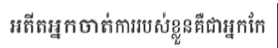
អតីតអ្នកចាត់ការរបស់ខ្លួនគឺជាអ្នកកែ